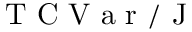
{ \mathrm { ~ T ~ C ~ V ~ a ~ r ~ / ~ J ~ } }